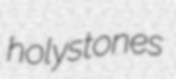
holystones